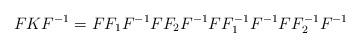
LaTeX: \begin{align*}FKF^{-1}=F F_1 F^{-1} F F_2 F^{-1} F F^{-1}_1 F^{-1} F F^{-1}_2 F^{-1}\end{align*}